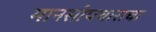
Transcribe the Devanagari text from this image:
मानसोपचाराचा